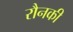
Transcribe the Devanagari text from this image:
रौनकी